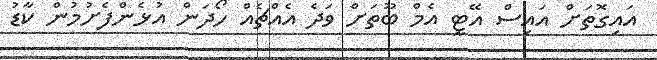
އައިގޮތަށް އައިސް އޭޓީ އެމް ބޫތަށް ވަދެ އެއްޗެއް ހޯދަން އުޅެންފެށުމުން ކާޑު